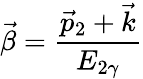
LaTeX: {\vec{\beta}}=\frac{{{\vec{p}}_{2}}+{\vec{k}}}{E_{2\gamma}}